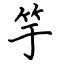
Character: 竽